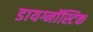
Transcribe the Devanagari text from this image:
डायग्नॉस्टिक